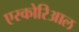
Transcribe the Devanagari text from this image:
एस्कोरिआल